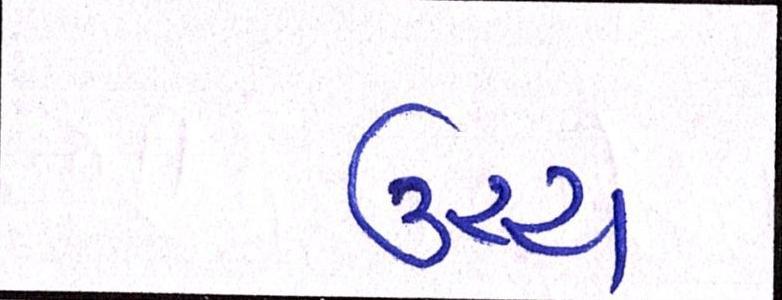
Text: ઉચ્ચ